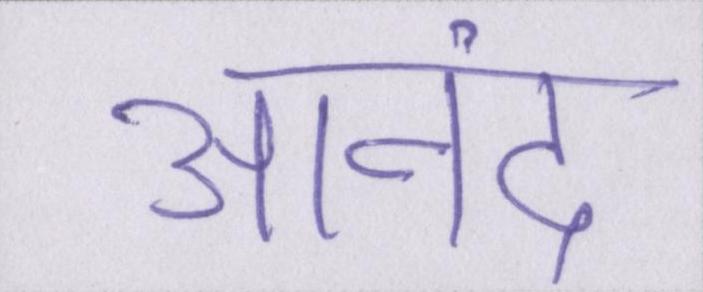
आनंद